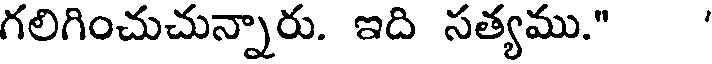
గలిగించుచున్నారు. ఇది సత్యము."